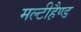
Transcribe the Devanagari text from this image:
मल्टीहैण्ड